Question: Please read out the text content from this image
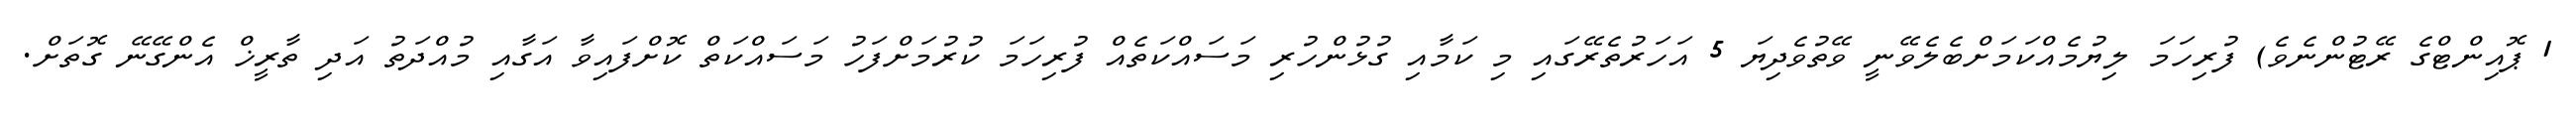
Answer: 1 ޕޮއިންޓްގެ ރޭޓުންނެވެ) ފުރިހަމަ ލިޔުމެއްކަމަށްބެލެވޭނީ ވޭތުވެދިޔަ 5 އަހަރުތެރޭގައި މި ކަމާއި ގުޅުންހުރި މަސައްކަތެއް ފުރިހަމަ ކުރުމަށްފަހު މަސައްކަތް ކޮށްފައިވާ އަގާއި މުއްދަތު އަދި ތާރީޚް އެންގޭނޭ ގޮތަށް.